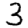
Digit: 3